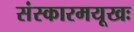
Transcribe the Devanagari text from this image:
संस्कारमयूखः